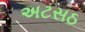
અટસઠ